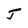
Character: J